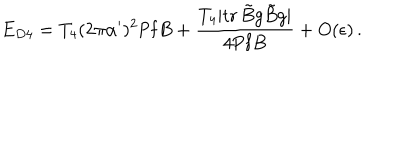
E _ { D 4 } = T _ { 4 } ( 2 \pi \alpha ^ { \prime } ) ^ { 2 } \mathrm { P f } B + \frac { T _ { 4 } | \mathrm { t r } \, \tilde { B } g \tilde { B } g | } { 4 \mathrm { P f } B } + O ( \epsilon ) \, .